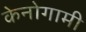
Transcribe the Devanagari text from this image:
केनोगामी